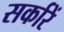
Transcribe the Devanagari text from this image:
सर्कारें